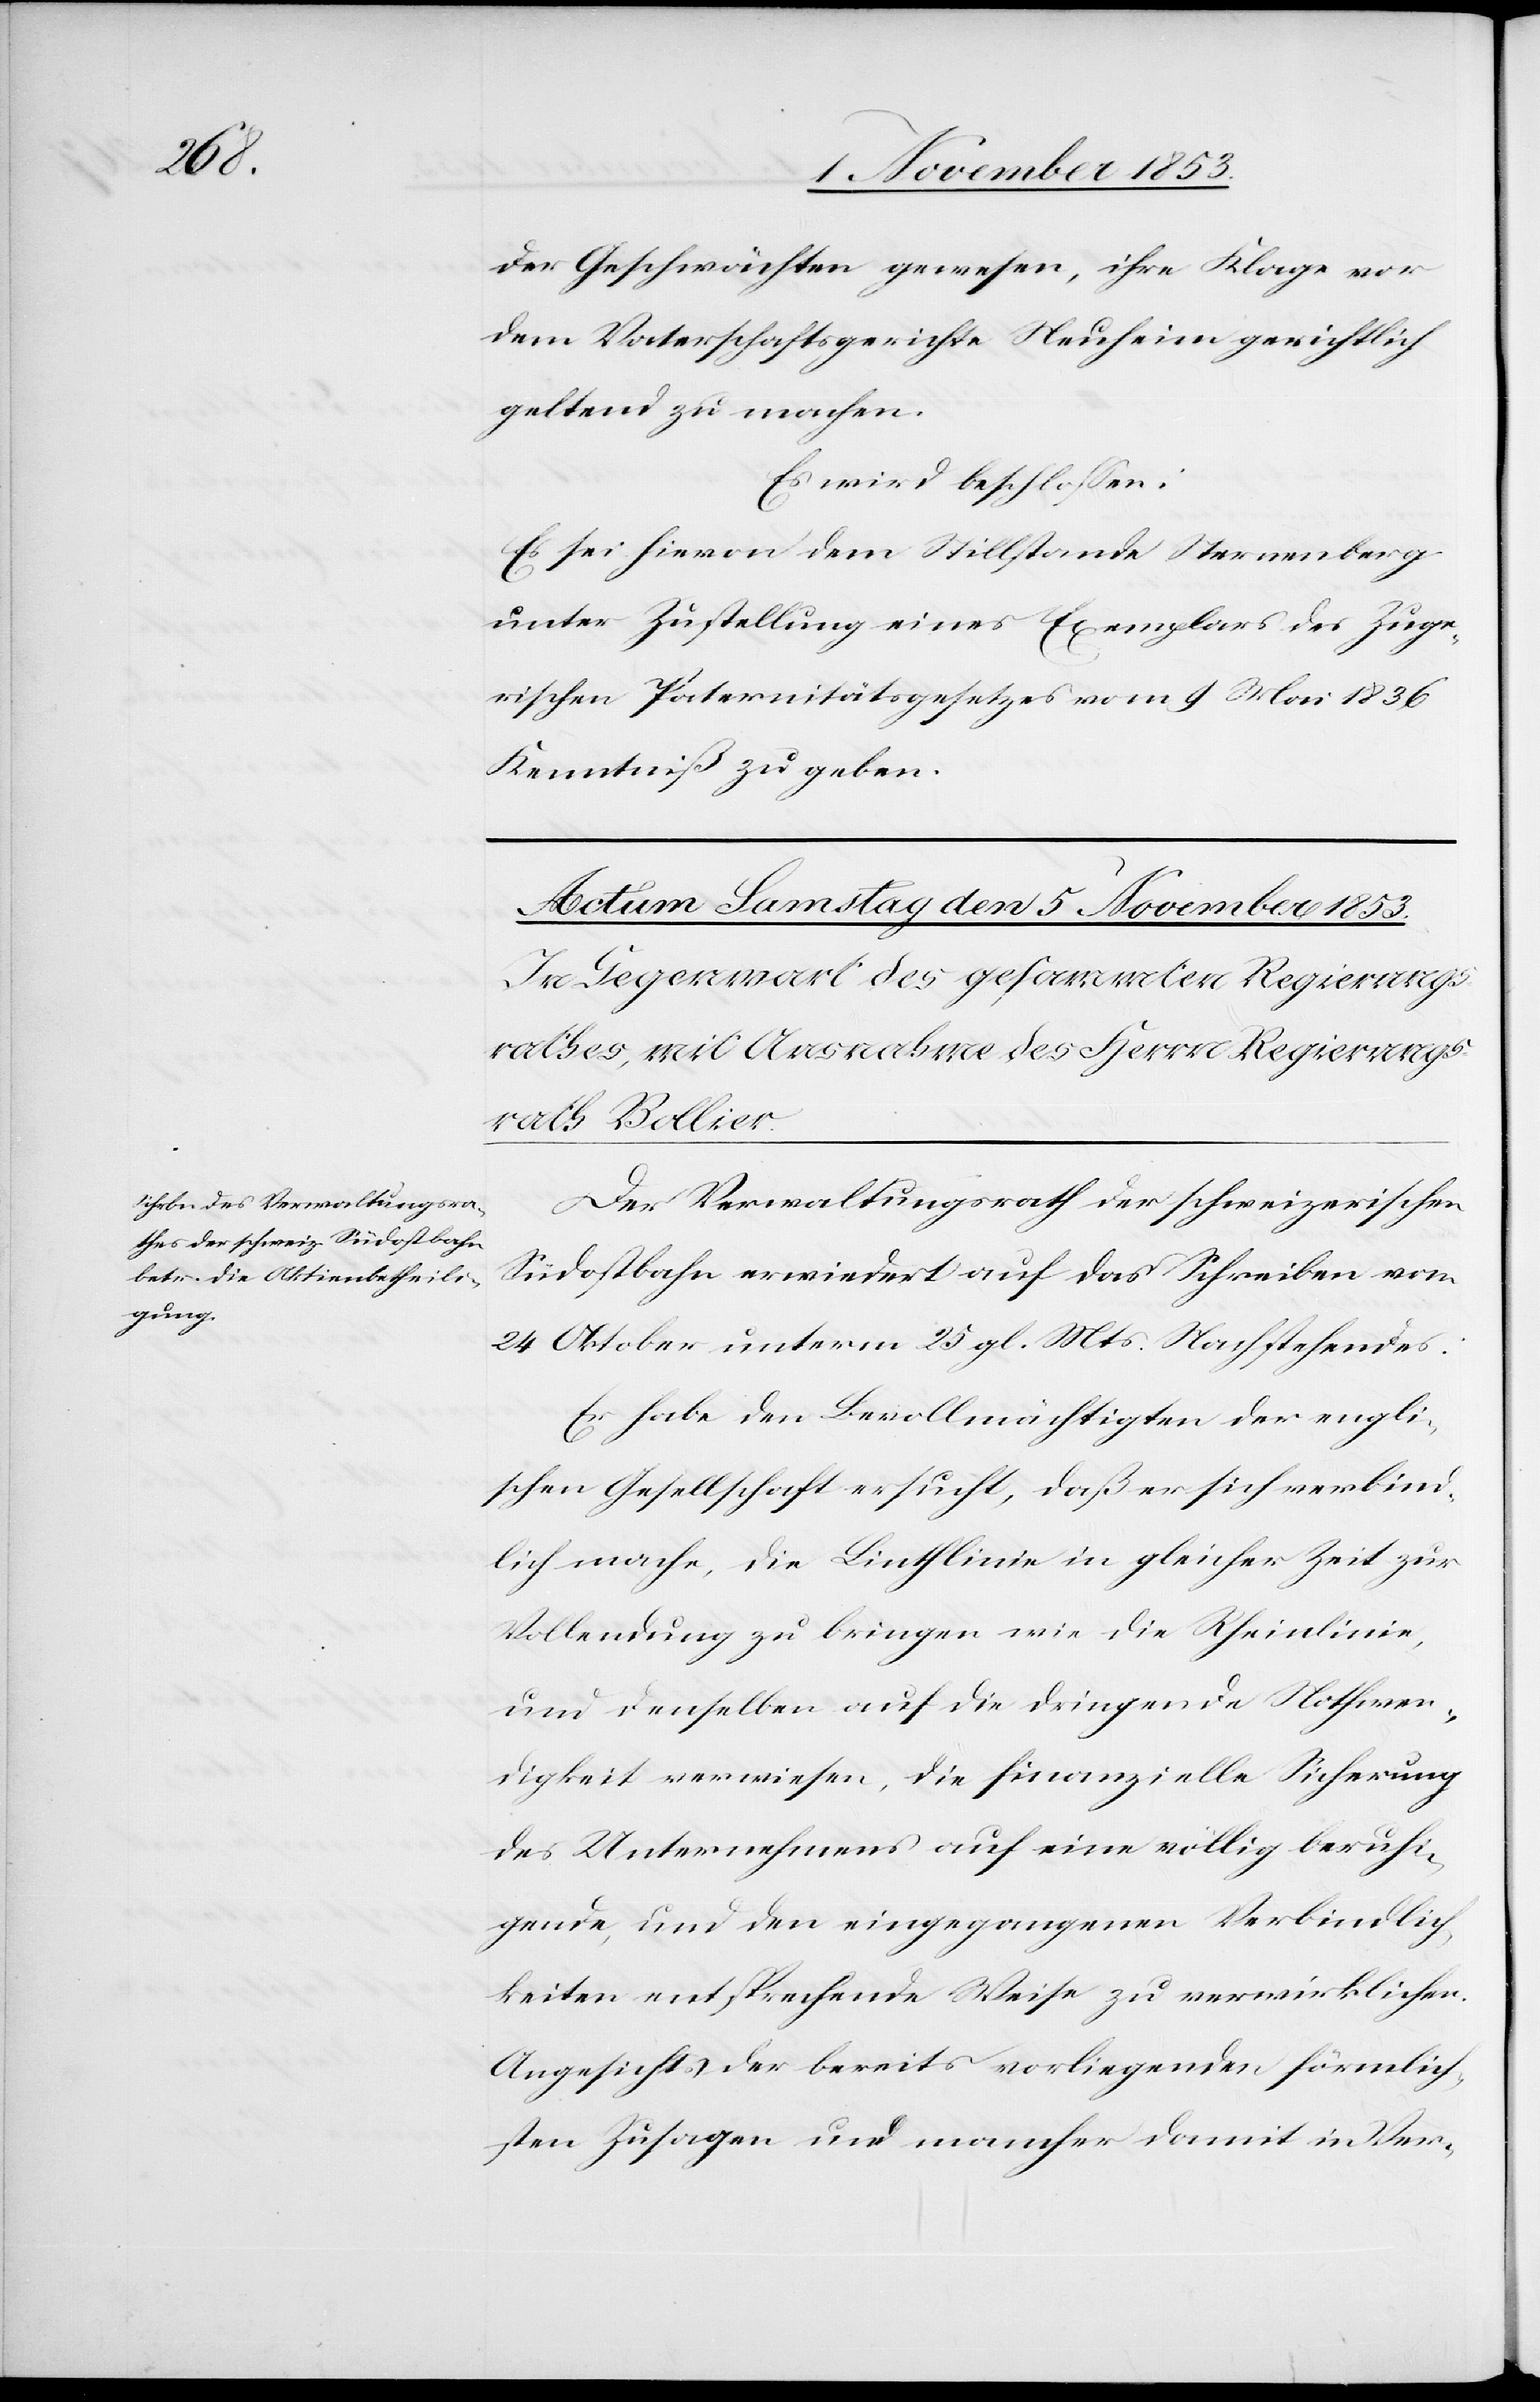
der Geschwächten gewesen, ihre Klage vor
dem Vaterschaftsgerichte Neuheim gerichtlich
geltend zu machen.
Es wird beschloßen:
Es sei hievon dem Stillstande Sternenberg
unter Zustellung eines Exemplares des Zuge¬
rischen Paternitätsgesetzes vom 9 Mai 1836
Kenntniß zu geben.
Der Verwaltungsrath der schweizerischen
Südostbahn erwiedert auf das Schreiben vom
24 Oktober unterm 25 gl. Mts. Nachstehendes:
Er habe den Bevollmächtigten der engli¬
schen Gesellschaft ersucht, daß er sich verbind¬
lich mache, die Linthlinie in gleicher Zeit zur
Vollendung zu bringen wie die Rheinlinie,
und denselben auf die dringende Nothwen¬
digkeit verwiesen, die finanzielle Sicherung
des Unternehmens auf eine völlig beruhi¬
gende, und den eingegangenen Verbindlich¬
keiten entsprechende Weise zu verwirklichen.
Angesichts der bereits vorliegenden förmlich¬
sten Zusagen und mancher damit in Ver-